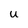
Character: U